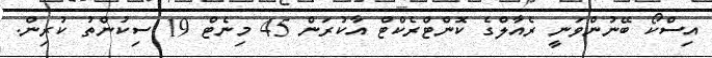
އިސްކޯ ބޭނުންވަނީ ރެއާލްގެ ކޮންޓްރެކްޓް އާކުރަން 45 މިނެޓް 19 ސިކުންތު ކުރިން.